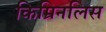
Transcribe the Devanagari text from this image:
किम्रिनलिस